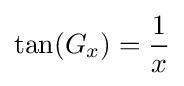
\tan(G_{x})={\frac {1}{x}}